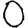
Digit: 0